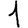
Digit: 1